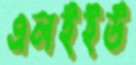
এলইইউ